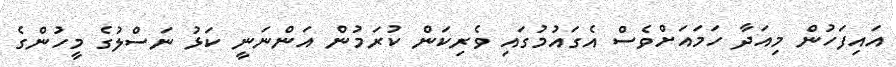
އައިފަހުން މިއަދާ ހަމައަށްވެސް އެގައުމުގައި ވެރިކަން ކުރަމުން އަންނަނީ ކަޅު ނަސްލުގެ މީހުންގެ